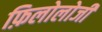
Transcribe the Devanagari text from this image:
फ़िलोलोजी